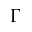
\Gamma